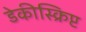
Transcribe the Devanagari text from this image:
डेकीस्क्रिप्ट